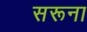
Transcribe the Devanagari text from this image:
सरूना